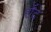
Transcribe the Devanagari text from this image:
रोंदे